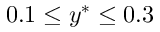
0 . 1 \leq y ^ { * } \leq 0 . 3